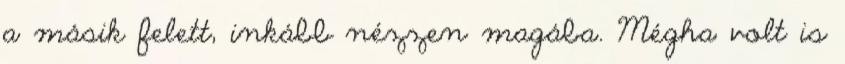
a másik felett, inkább nézzen magába. Mégha volt is